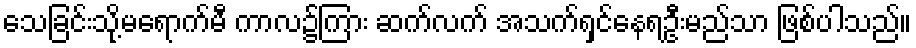
သေခြင်းသို့မရောက်မီ ကာလ၌ကြား ဆက်လက် အသက်ရှင်နေရဦးမည်သာ ဖြစ်ပါသည်။